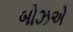
બોઝએ